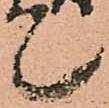
て